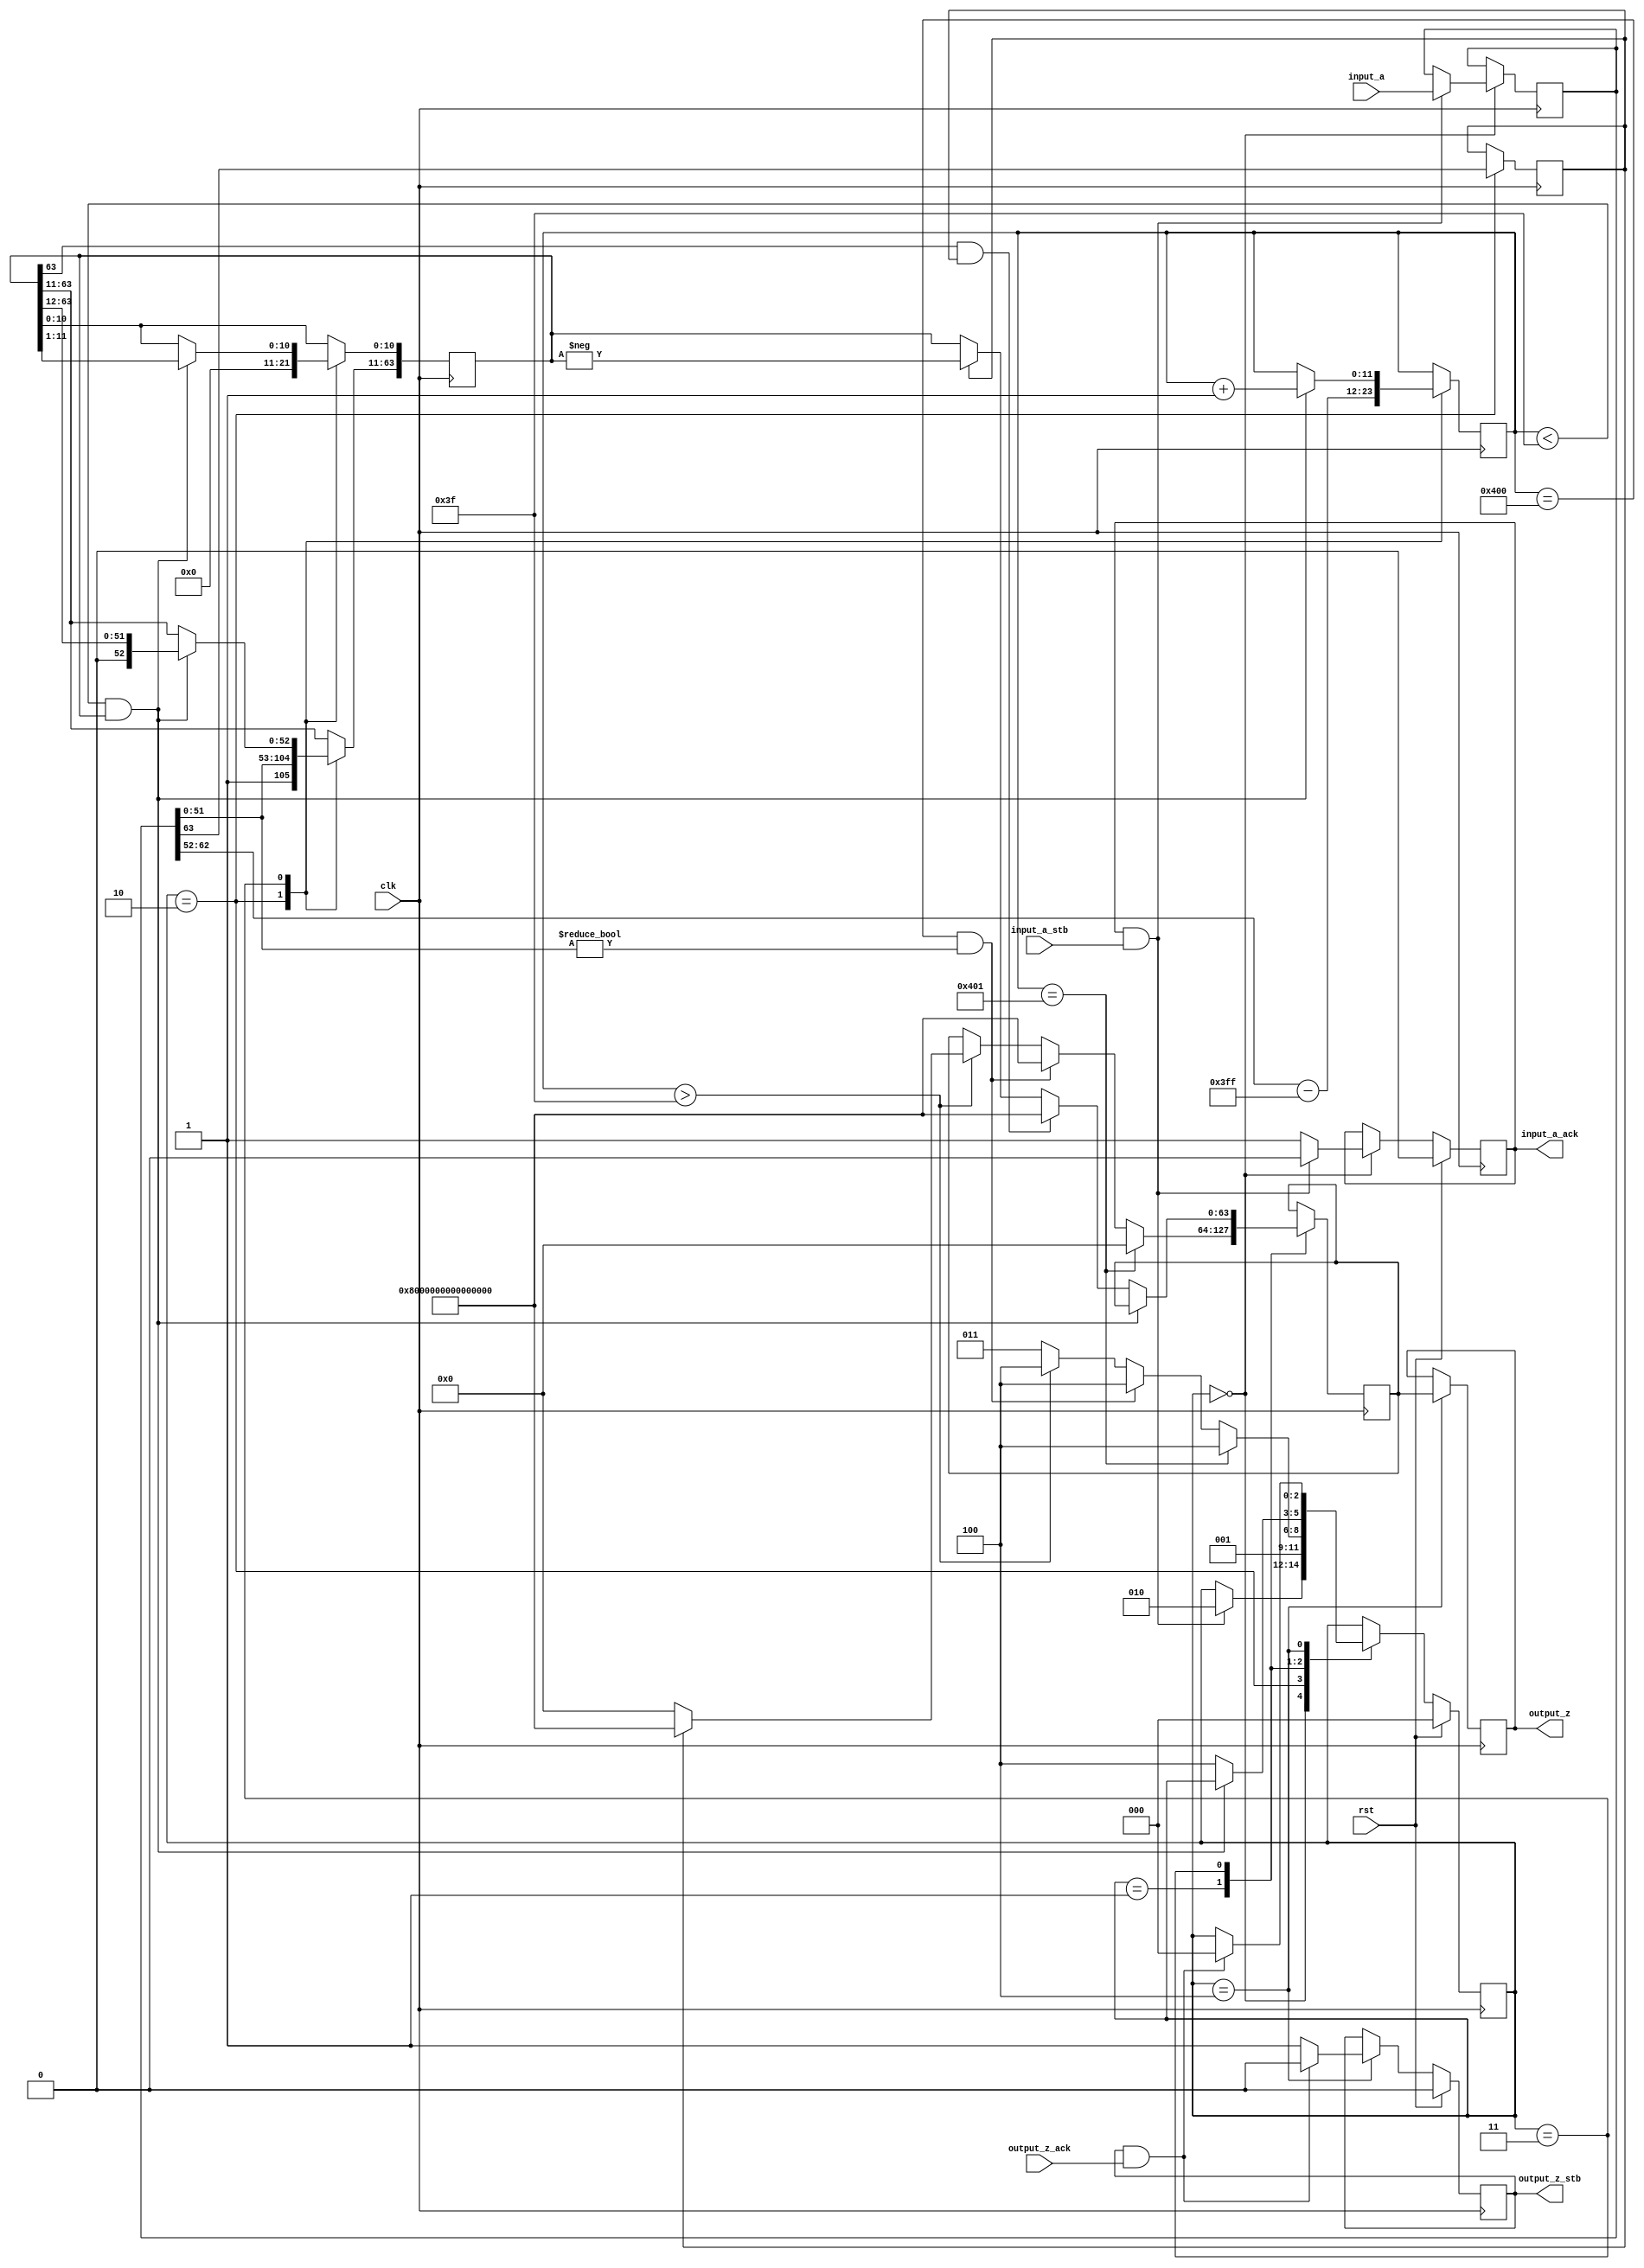
module double_to_long(
        input_a,
        input_a_stb,
        output_z_ack,
        clk,
        rst,
        output_z,
        output_z_stb,
        input_a_ack);

  input     clk;
  input     rst;

  input     [63:0] input_a;
  input     input_a_stb;
  output    input_a_ack;

  output    [63:0] output_z;
  output    output_z_stb;
  input     output_z_ack;

  reg       s_output_z_stb;
  reg       [63:0] s_output_z;
  reg       s_input_a_ack;

  reg       [2:0] state;
  parameter get_a         = 3'd0,
            special_cases = 3'd1,
            unpack        = 3'd2,
            convert       = 3'd3,
            put_z         = 3'd4;

  reg [63:0] a_m, a, z;
  reg [11:0] a_e;
  reg a_s;

  always @(posedge clk)
  begin

    case(state)

      get_a:
      begin
        s_input_a_ack <= 1;
        if (s_input_a_ack && input_a_stb) begin
          a <= input_a;
          s_input_a_ack <= 0;
          state <= unpack;
        end
      end

      unpack:
      begin
        a_m[63:11] <= {1'b1, a[51 : 0]};
        a_m[10:0] <= 0;
        a_e <= a[62 : 52] - 1023;
        a_s <= a[63];
        state <= special_cases;
      end

      special_cases:
      begin
        if ($signed(a_e) == -1023) begin
          //zero
          z <= 0;
          state <= put_z;
        end else if ($signed(a_e) == 1024 && a[51:0] != 0) begin
          //nan
          z <= 64'h8000000000000000;
          state <= put_z;
        end else if ($signed(a_e) > 63) begin
          //too big
          if (a_s) begin
              z <= 64'h8000000000000000;
          end else begin
              z <= 64'h0000000000000000;
          end
          state <= put_z;
        end else begin
          state <= convert;
        end
      end

      convert:
      begin
        if ($signed(a_e) < 63 && a_m) begin
          a_e <= a_e + 1;
          a_m <= a_m >> 1;
        end else begin
          if (a_m[63] && a_s) begin
            z <= 64'h8000000000000000;
          end else begin
            z <= a_s ? -a_m : a_m;
          end
          state <= put_z;
        end
      end

      put_z:
      begin
        s_output_z_stb <= 1;
        s_output_z <= z;
        if (s_output_z_stb && output_z_ack) begin
          s_output_z_stb <= 0;
          state <= get_a;
        end
      end

    endcase

    if (rst == 1) begin
      state <= get_a;
      s_input_a_ack <= 0;
      s_output_z_stb <= 0;
    end

  end
  assign input_a_ack = s_input_a_ack;
  assign output_z_stb = s_output_z_stb;
  assign output_z = s_output_z;

endmodule